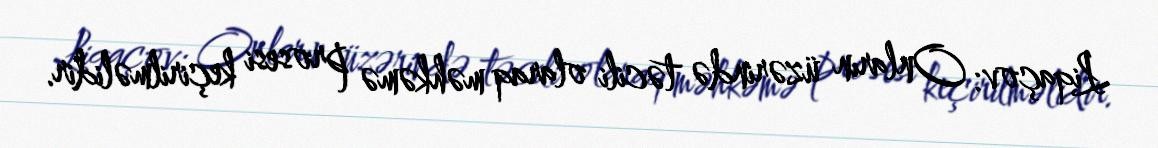
Liqaçov: Onların üzərində təcili olaraq məhkəmə prosesi keçirilməlidir.